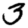
Digit: 3